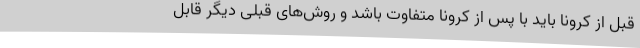
قبل از کرونا باید با پس از کرونا متفاوت باشد و روش‌های قبلی دیگر قابل